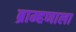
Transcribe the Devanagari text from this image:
ब्राम्हणाला